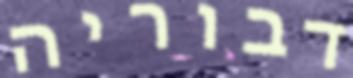
דבוריה